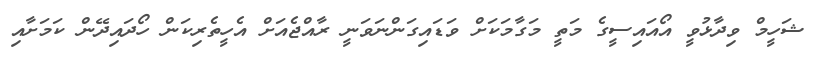
ޝަހީމް ވިދާޅުވީ އޯއައިސީގެ މަތީ މަގާމަކަށް ވަޑައިގަންނަވަނީ ރާއްޖެއަށް އެހީތެރިކަން ހޯދައިދޭން ކަމަށާއި